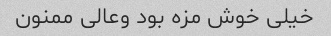
خیلی خوش مزه بود وعالی ممنون